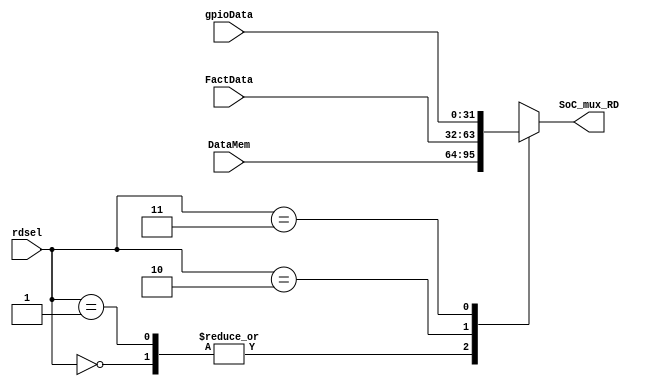
`timescale 1ns / 1ps
//////////////////////////////////////////////////////////////////////////////////
// Company: 
// Engineer: 
// 
// Design Name: 
// Module Name: SoC_mux
// Project Name: 
// Target Devices: 
// Tool Versions: 
// Description: 
// 
// Dependencies: 
// 
// Revision:
// Revision 0.01 - File Created
// Additional Comments:
// 
//////////////////////////////////////////////////////////////////////////////////


module SoC_mux(
input [31:0] DataMem , FactData, gpioData,
input [1:0] rdsel,
//input [31:0] nw, 
output reg [31:0] SoC_mux_RD
);

always @ (*) 
begin 
    case(rdsel) 
    2'b00:    SoC_mux_RD = DataMem ; 
    2'b01:    SoC_mux_RD = DataMem ; 
    2'b10:    SoC_mux_RD = FactData;
    2'b11:    SoC_mux_RD = gpioData; 
    default:  SoC_mux_RD = 31'bx;
    endcase   
end 

endmodule